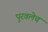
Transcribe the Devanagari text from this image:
पुरवलेच